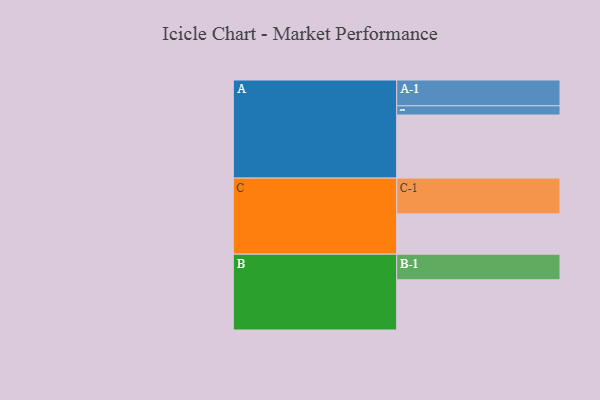
{"axis": {"x": "Segment", "y": "Value"}, "legend": ["", "A", "B", "C"], "data": [{"x": "A", "y": 501, "type": ""}, {"x": "B", "y": 399, "type": ""}, {"x": "C", "y": 320, "type": ""}, {"x": "A-1", "y": 205, "type": "A"}, {"x": "A-2", "y": 73, "type": "A"}, {"x": "B-1", "y": 203, "type": "B"}, {"x": "C-1", "y": 284, "type": "C"}]}